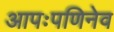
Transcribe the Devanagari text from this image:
आपःपणिनेव